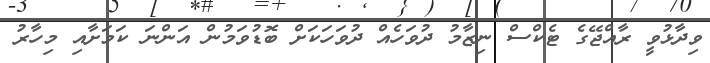
ވިދާޅުވީ ރާއްޖޭގެ ޓެކްސް ނިޒާމު ދުވަހެއް ދުވަހަކަށް ބޮޑުވަމުން އަންނަ ކަމަށާއި މިހާރު